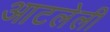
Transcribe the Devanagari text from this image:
आटलेली